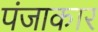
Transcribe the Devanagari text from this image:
पंजाकार